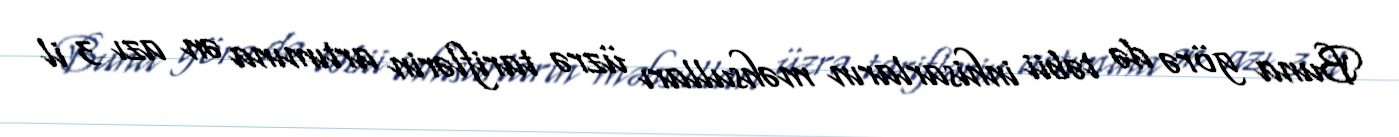
Buna görə də təbii inhisarların məhsulları üzrə tariflərin artımına ən azı 3 il